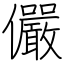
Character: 儼